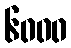
၆၀၀၀